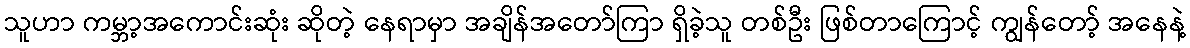
သူဟာ ကမ္ဘာ့အကောင်းဆုံး ဆိုတဲ့ နေရာမှာ အချိန်အတော်ကြာ ရှိခဲ့သူ တစ်ဦး ဖြစ်တာကြောင့် ကျွန်တော့် အနေနဲ့